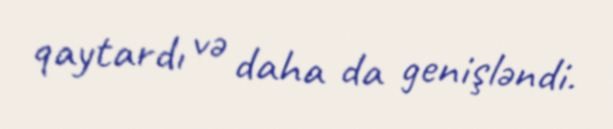
qaytardı və daha da genişləndi.